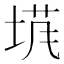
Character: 𡍙